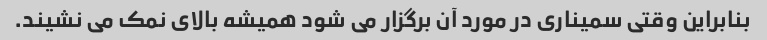
بنابراین وقتی سمیناری در مورد آن برگزار می شود همیشه بالای نمک می نشیند.